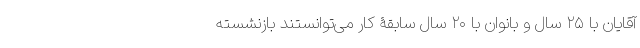
آقایان با ۲۵ سال و بانوان با ۲۰ سال سابقۀ کار می‌توانستند بازنشسته